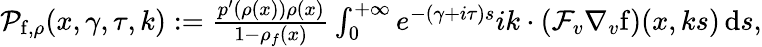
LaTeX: \begin{array}{r}{\mathcal{P}_{\mathrm{f},\rho}(x,\gamma,\tau,k):=\frac{p^{\prime}(\rho(x))\rho(x)}{1-\rho_{f}(x)}\int_{0}^{+\infty}e^{-(\gamma+i\tau)s}ik\cdot\left(\mathcal{F}_{v}\nabla_{v}\mathrm{f}\right)(x,ks)\, \mathrm{d}s,}\end{array}